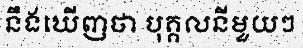
នឹងឃើញថា បុគ្គលនីមួយៗ